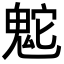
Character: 𩲮